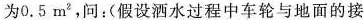
为0.5m^{2}，问：(假设酒水过程中车轮与地面的接